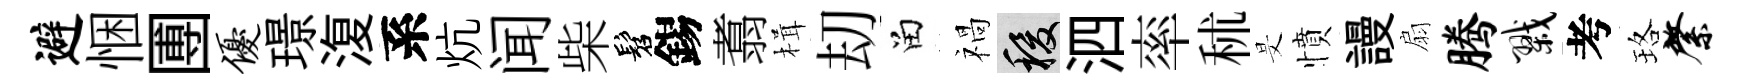
避悃圑优璟𣸪系炕闻柴髫錫翥楫刧留禍稷泗率秫旻憤謾扇腾戮考珞綮